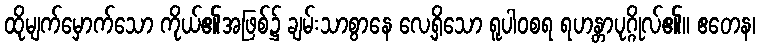
ထိုမျက်မှောက်သော ကိုယ်၏အဖြစ်၌ ချမ်းသာစွာနေ လေ့ရှိသော ရူပါဝစရ ရဟန္တာပုဂ္ဂိုလ်၏။ ဧတေန၊